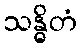
သန္ဓိတံ